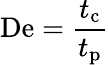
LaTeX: \mathrm{De}={\frac{t_{\mathrm{c}}}{t_{\mathrm{p}}}}